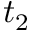
t _ { 2 }